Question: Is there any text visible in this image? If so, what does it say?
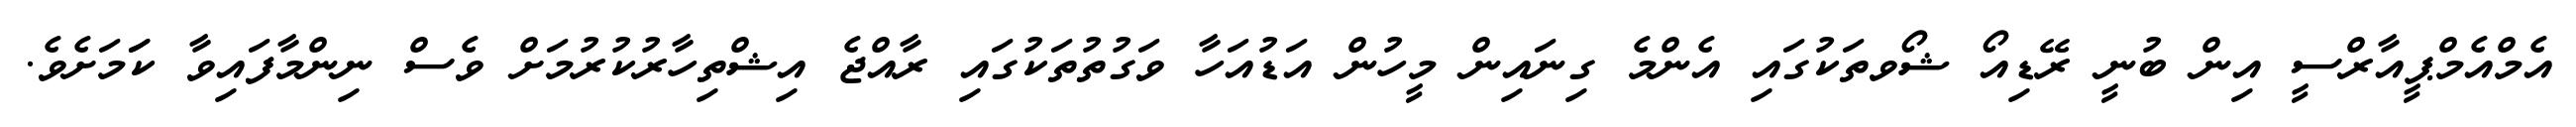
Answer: އެމްއެމްޕީއާރްސީ އިން ބުނީ ރޭޑިއޯ ޝޯވތަކުގައި އެންމެ ގިނައިން މީހުން އަޑުއަހާ ވަގުތުތަކުގައި ރާއްޖެ އިޝްތިހާރުކުރުމަށް ވެސް ނިންމާފައިވާ ކަަމަށެވެ.